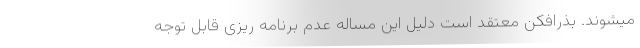
میشوند. بذرافکن معتقد است دلیل این مساله عدم برنامه ریزی قابل توجه